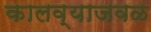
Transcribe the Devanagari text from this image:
कालव्याजवळ